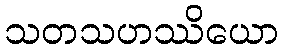
သတသဟဿိယော